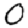
Digit: 0